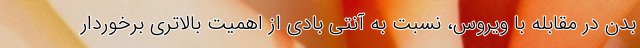
بدن در مقابله با ویروس، نسبت به آنتی بادی از اهمیت بالاتری برخوردار